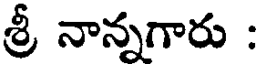
శ్రీ నాన్నగారు :